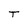
Character: T